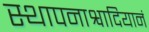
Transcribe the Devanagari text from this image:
स्थापनाश्वादियानं